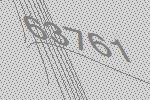
63761